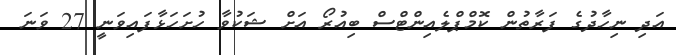
އަދި ނިހާދުގެ ފަރާތުން ކޮމްޕްލެއިންޓްސް ބިއުރޯ އަށް ޝަކުވާ ހުށަހަޅާފައިވަނީ 27 ވަނަ